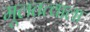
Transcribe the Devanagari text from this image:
मूलतत्वाला